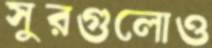
সুরগুলোও